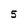
Character: 5